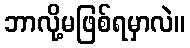
ဘာလို့မဖြစ်ရမှာလဲ။